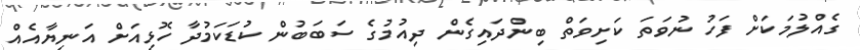
ގެއްލުމަކަށް ފަހު ނުވަތަ ކަށިވަތް ބިންދައިގެން ދިއުމުގެ ސަބަބުން ކުޑަކަމުދާ ހޮޅިއަށް އަނިޔާއެއް